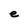
Character: e